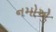
નમોએ